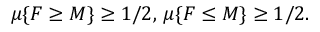
\mu \{ F \geq M \} \geq 1 / 2 , \, \mu \{ F \leq M \} \geq 1 / 2 .